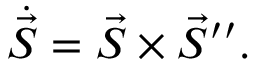
\dot { \vec { S } } = \vec { S } \times \vec { S } ^ { \prime \prime } .